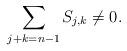
LaTeX: \begin{align*}\sum_{j+k= n-1} S_{j,k}\neq0.\end{align*}